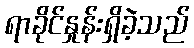
ရာခိုင်နှုန်းရှိခဲ့သည်